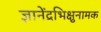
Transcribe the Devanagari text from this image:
ज्ञानेंद्रभिक्षुनामक